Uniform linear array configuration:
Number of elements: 12
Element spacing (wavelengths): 0.75
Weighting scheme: binomial
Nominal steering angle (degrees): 15
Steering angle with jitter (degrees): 14.269
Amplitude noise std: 0.05
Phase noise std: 0.05

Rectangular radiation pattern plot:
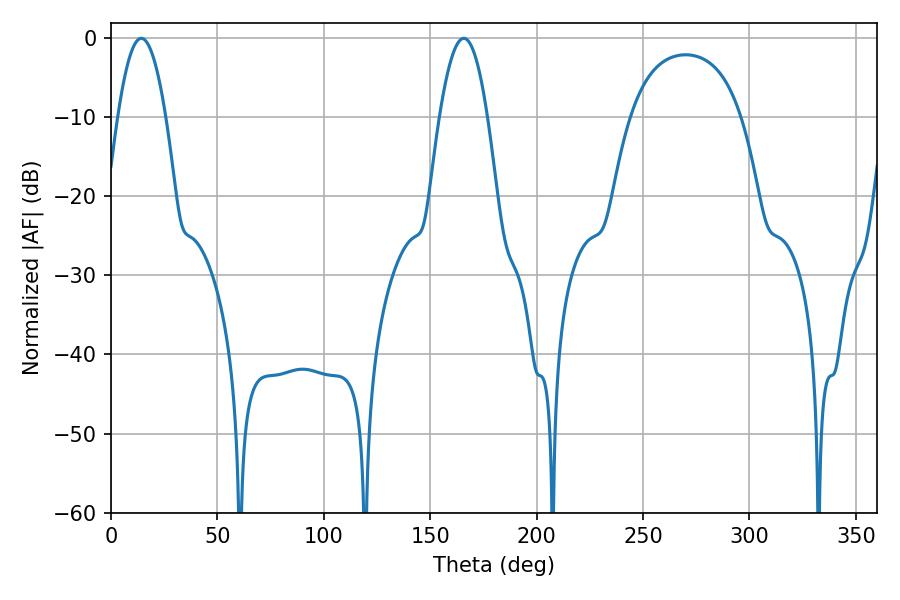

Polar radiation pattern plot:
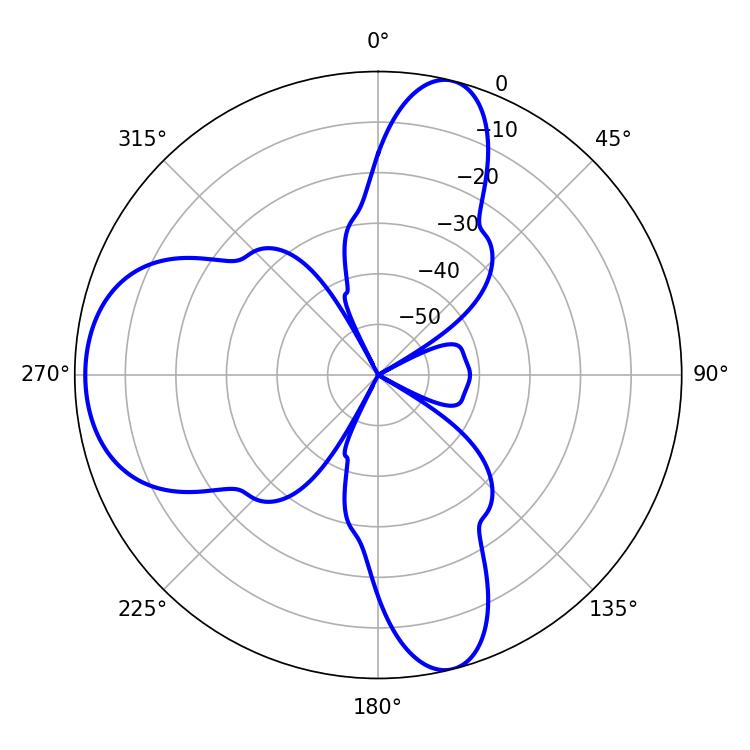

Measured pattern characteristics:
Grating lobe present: TRUE
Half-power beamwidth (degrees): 12.42
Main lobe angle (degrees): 14.22